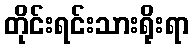
တိုင်းရင်းသားရိုးရာ